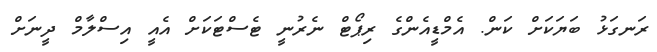
ރަނގަޅު ބަޔަކަށް ކަން. އެމްޑީއެންގެ ރިޕޯޓް ނެރުނީ ޓެސްޓަކަށް އެއީ އިސްލާމް ދީނަށް